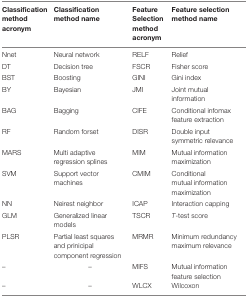
<table><thead><tr><td><b>Classification method acronym</b></td><td><b>Classification method name</b></td><td><b>Feature Selection method acronym</b></td><td><b>Feature selection method name</b></td></tr></thead><tbody><tr><td>Nnet</td><td>Neural network</td><td>RELF</td><td>Relief</td></tr><tr><td>DT</td><td>Decision tree</td><td>FSCR</td><td>Fisher score</td></tr><tr><td>BST</td><td>Boosting</td><td>GINI</td><td>Gini index</td></tr><tr><td>BY</td><td>Bayesian</td><td>JMI</td><td>Joint mutual information</td></tr><tr><td>BAG</td><td>Bagging</td><td>CIFE</td><td>Conditional infomax feature extraction</td></tr><tr><td>RF</td><td>Random forset</td><td>DISR</td><td>Double input symmetric relevance</td></tr><tr><td>MARS</td><td>Multi adaptive regression splines</td><td>MIM</td><td>Mutual information maximization</td></tr><tr><td>SVM</td><td>Support vector machines</td><td>CMIM</td><td>Conditional mutual information maximization</td></tr><tr><td>NN</td><td>Neirest neighbor</td><td>ICAP</td><td>Interaction capping</td></tr><tr><td>GLM</td><td>Generalized linear models</td><td>TSCR</td><td><i>T</i>-test score</td></tr><tr><td>PLSR</td><td>Partial least squares and prinicipal component regression</td><td>MRMR</td><td>Minimum redundancy maximum relevance</td></tr><tr><td>–</td><td>–</td><td>MIFS</td><td>Mutual information feature selection</td></tr><tr><td>–</td><td>–</td><td>WLCX</td><td>Wilcoxon</td></tr></tbody></table>